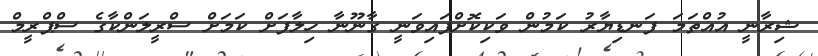
ޝިރާނީ އުއްތަމަ ފަނޑިޔާރު ކަމުން ވަކިކޮށްފައިވަނީ ގާނޫނާ ހިލާފަށް ކަމަށް ސްރީލަންކާގެ ސްޕްރީމް